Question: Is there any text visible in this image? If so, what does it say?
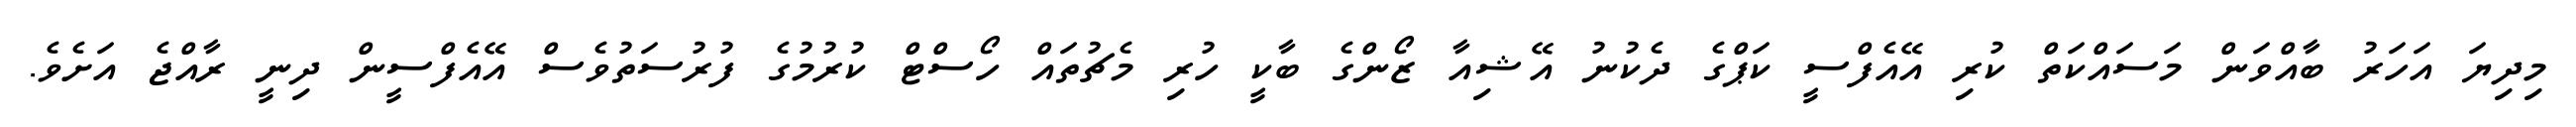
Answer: މިދިޔަ އަހަރު ބާއްވަން މަސައްކަތް ކުރި އޭއެފްސީ ކަޕްގެ ދެކުނު އޭޝިއާ ޒޯންގެ ބާކީ ހުރި މެޗުތައް ހޯސްޓް ކުރުމުގެ ފުރުސަތުވެސް އޭއެފްސީން ދިނީ ރާއްޖެ އަށެވެ.